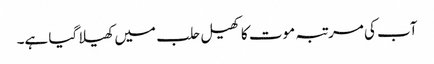
آب کی مرتبہ موت کا کھیل حلب میں کھیلا گیا ہے۔